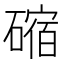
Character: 𥕯